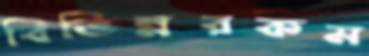
বিভিন্নরকম